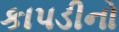
કાપડીનો